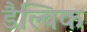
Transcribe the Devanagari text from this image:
डैल्विक